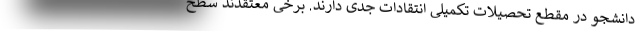
دانشجو در مقطع تحصیلات تکمیلی انتقادات جدی دارند. برخی معتقدند سطح